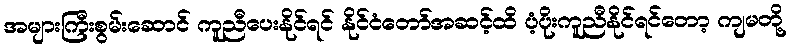
အများကြီးစွမ်းဆောင် ကူညီပေးနိုင်ရင် နိုင်ငံတော်အဆင့်ထိ ပံ့ပိုးကူညီနိုင်ရင်တော့ ကျမတို့